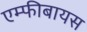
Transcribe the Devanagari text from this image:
एम्फीबायस